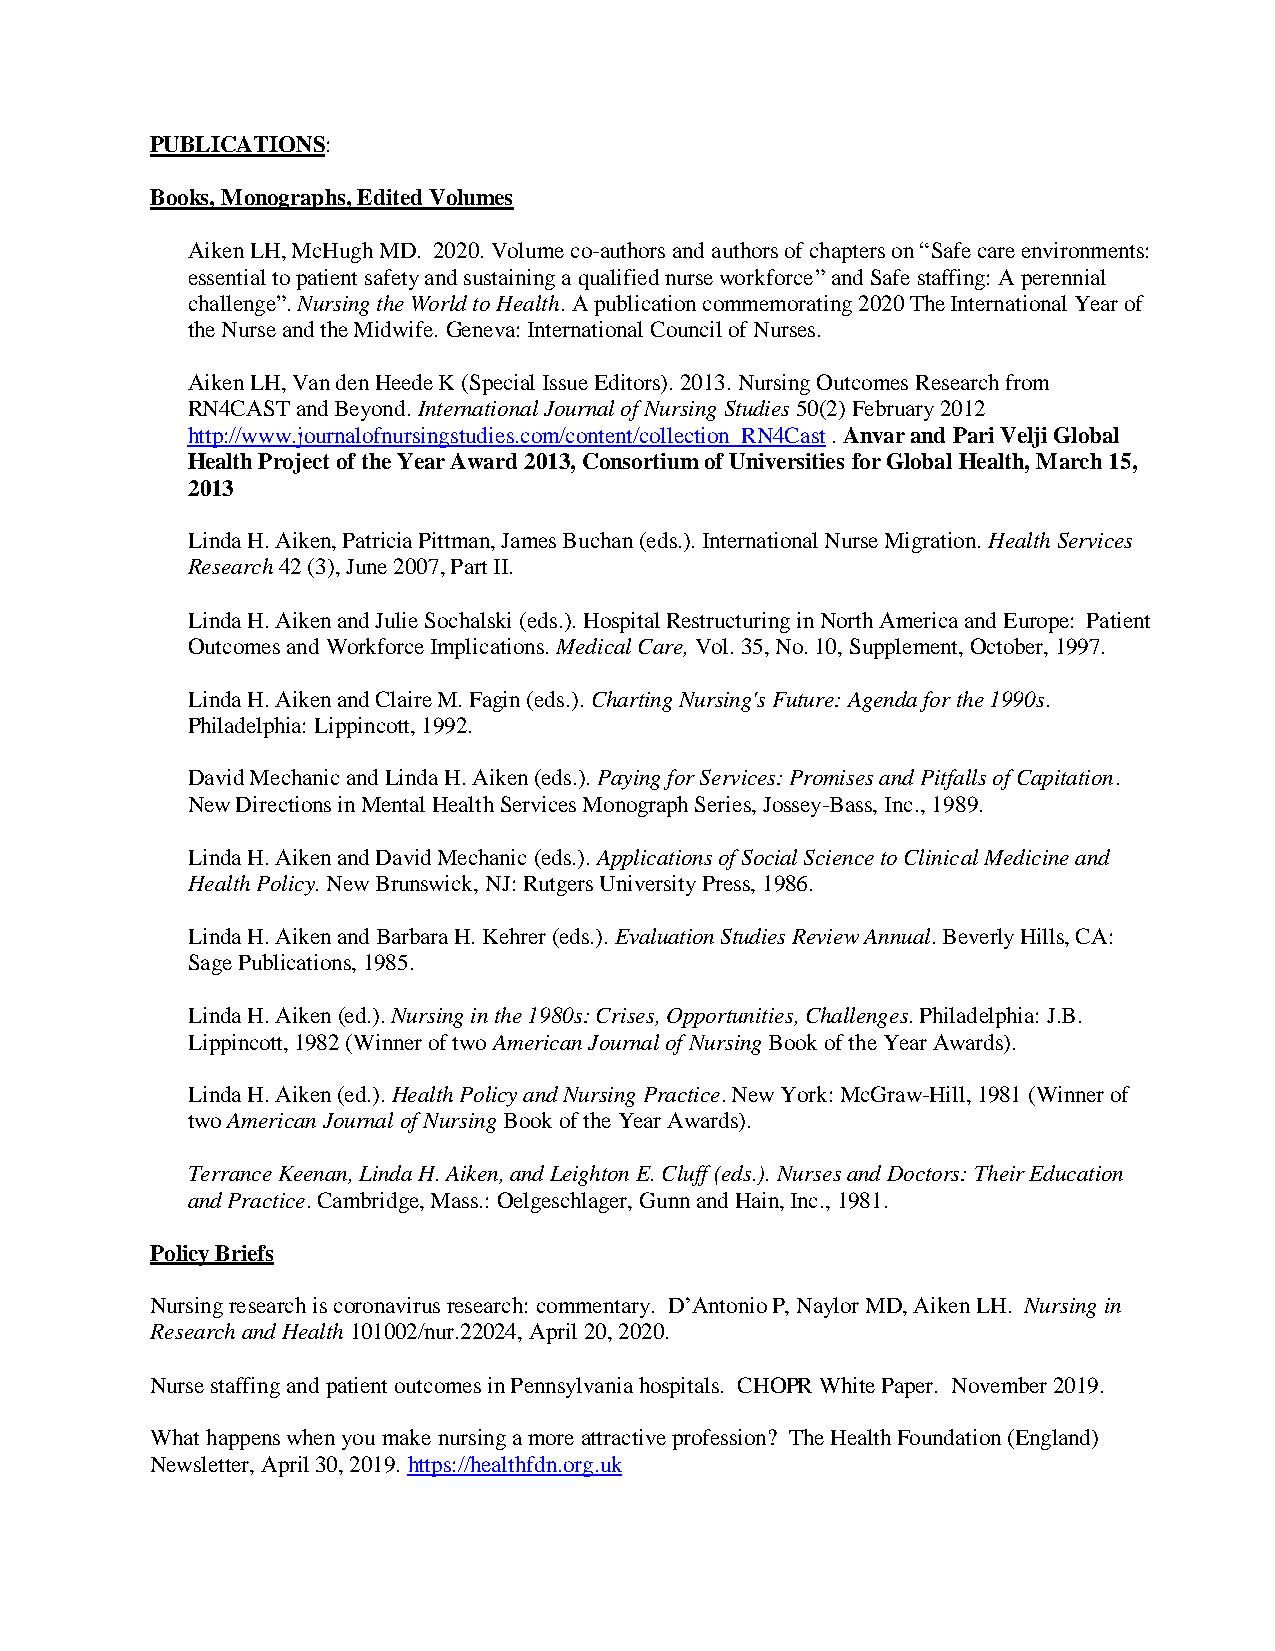
PUBLICATIONS:
 Books, Monographs, Edited Volumes
 Aiken LH, McHugh MD. 2020. Volume co-authors and authors of chapters on “Safe care environments:
 essential to patient safety and sustaining a qualified nurse workforce” and Safe staffing: A perennial
 challenge”. Nursing the World to Health. A publication commemorating 2020 The International Year of
 the Nurse and the Midwife. Geneva: International Council of Nurses.
 Aiken LH, Van den Heede K (Special Issue Editors). 2013. Nursing Outcomes Research from
 RN4CAST and Beyond. International Journal of Nursing Studies 50(2) February 2012
 http://www.journalofnursingstudies.com/content/collection_RN4Cast . Anvar and Pari Velji Global
 Health Project of the Year Award 2013, Consortium of Universities for Global Health, March 15,
 2013
 Linda H. Aiken, Patricia Pittman, James Buchan (eds.). International Nurse Migration. Health Services
 Research 42 (3), June 2007, Part II.
 Linda H. Aiken and Julie Sochalski (eds.). Hospital Restructuring in North America and Europe: Patient
 Outcomes and Workforce Implications. Medical Care, Vol. 35, No. 10, Supplement, October, 1997.
 Linda H. Aiken and Claire M. Fagin (eds.). Charting Nursing's Future: Agenda for the 1990s.
 Philadelphia: Lippincott, 1992.
 David Mechanic and Linda H. Aiken (eds.). Paying for Services: Promises and Pitfalls of Capitation.
 New Directions in Mental Health Services Monograph Series, Jossey-Bass, Inc., 1989.
 Linda H. Aiken and David Mechanic (eds.). Applications of Social Science to Clinical Medicine and
 Health Policy. New Brunswick, NJ: Rutgers University Press, 1986.
 Linda H. Aiken and Barbara H. Kehrer (eds.). Evaluation Studies Review Annual. Beverly Hills, CA:
 Sage Publications, 1985.
 Linda H. Aiken (ed.). Nursing in the 1980s: Crises, Opportunities, Challenges. Philadelphia: J.B.
 Lippincott, 1982 (Winner of two American Journal of Nursing Book of the Year Awards).
 Linda H. Aiken (ed.). Health Policy and Nursing Practice. New York: McGraw-Hill, 1981 (Winner of
 two American Journal of Nursing Book of the Year Awards).
 Terrance Keenan, Linda H. Aiken, and Leighton E. Cluff (eds.). Nurses and Doctors: Their Education
 and Practice. Cambridge, Mass.: Oelgeschlager, Gunn and Hain, Inc., 1981.
 Policy Briefs
 Nursing research is coronavirus research: commentary. D’Antonio P, Naylor MD, Aiken LH. Nursing in
 Research and Health 101002/nur.22024, April 20, 2020.
 Nurse staffing and patient outcomes in Pennsylvania hospitals. CHOPR White Paper. November 2019.
 What happens when you make nursing a more attractive profession? The Health Foundation (England)
 Newsletter, April 30, 2019. https://healthfdn.org.uk